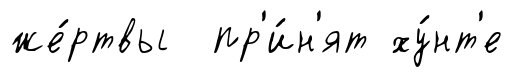
же́ртвы пр'и́н'ят ху́нт'е